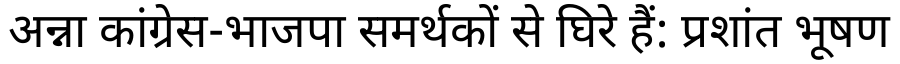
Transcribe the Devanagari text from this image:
अन्ना कांग्रेस-भाजपा समर्थकों से घिरे हैं: प्रशांत भूषण